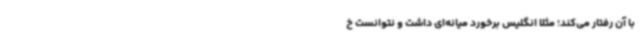
با آن رفتار می‌کند؛ مثلاً انگلیس برخورد میانه‌ای داشت و نتوانست خ